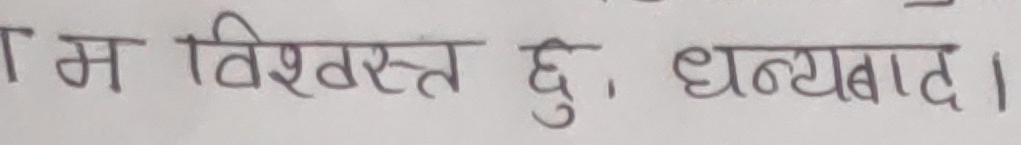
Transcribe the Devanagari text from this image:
म विश्वस्त हु, धन्यवाद।